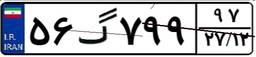
۵۶گ۷۹۹۹۷